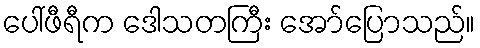
ပေါ်ဖီရီက ဒေါသတကြီး အော်ပြောသည်။